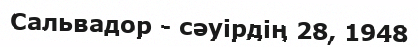
Сальвадор - сәуірдің 28, 1948